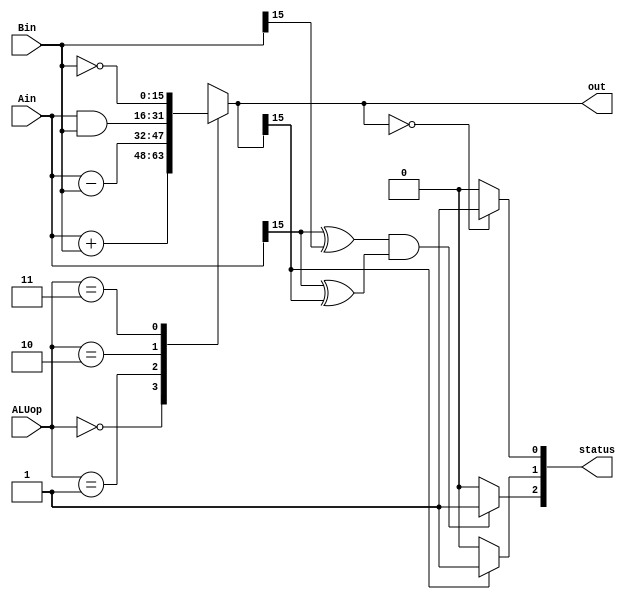
//Source: Lab 5 Code taken from Arnold Ying and Rain Zhang
module ALU(Ain, Bin, ALUop, out, status);
    input [15:0] Ain, Bin;
    input [1:0] ALUop;
    output [15:0] out;
    output [2:0] status; //status[0]=Z, status[1]=N, status[2]=V

    reg [15:0] out;
    reg [2:0] status;

    always @(*) begin
        //checks the selection and assign out correspondingly with Ain and Bin
        case (ALUop)
            2'b00: out = Ain + Bin;
            2'b01: out = Ain - Bin;
            2'b10: out = Ain & Bin;
            2'b11: out = ~Bin;
            //prevent inferred latches
            default: out = 16'bxxxx_xxxx_xxxx_xxxx;
        endcase

        //assigns the first bit of status value with non-blocking assignment - zero status
        if (out == 0)
            status[0] <= 1;
        else
            status[0] <= 0;

        //assigns the second bit of status value with non-blocking assignment - neg status
        if (out[15] == 1)
            status[1] <= 1;
        else
            status[1] <= 0;

        //assigns the third bit of status value with non-blocking assignment - ovf status
        if ((Ain[15] ^ Bin[15]) & (Ain[15] ^ out[15]) )
            status[2] <= 1;
        else
            status[2] <= 0;

    end
endmodule